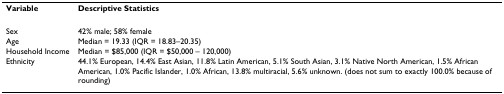
<table><thead><tr><td><b>Variable</b></td><td><b>Descriptive Statistics</b></td></tr></thead><tbody><tr><td>Sex</td><td>42% male; 58% female</td></tr><tr><td>Age</td><td>Median = 19.33 (IQR = 18.83–20.35)</td></tr><tr><td>Household Income</td><td>Median = $85,000 (IQR = $50,000 – 120,000)</td></tr><tr><td>Ethnicity</td><td>44.1% European, 14.4% East Asian, 11.8% Latin American, 5.1% South Asian, 3.1% Native North American, 1.5% African American, 1.0% Pacific Islander, 1.0% African, 13.8% multiracial, 5.6% unknown. (does not sum to exactly 100.0% because of rounding)</td></tr></tbody></table>